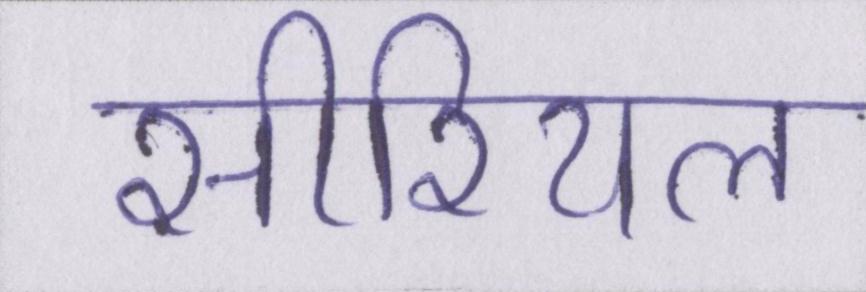
सीरियल